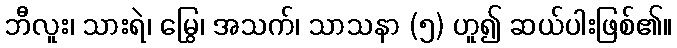
ဘီလူး၊ သားရဲ၊ မြွေ၊ အသက်၊ သာသနာ (၅) ဟူ၍ ဆယ်ပါးဖြစ်၏။